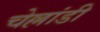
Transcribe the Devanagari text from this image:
चेल्लांडी